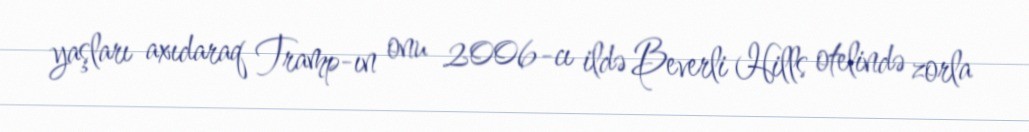
yaşları axıdaraq Tramp-ın onu 2006-cı ildə Beverli Hills otelində zorla